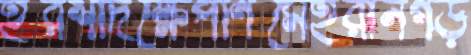
ইরশাদক্ষেপণিমেহরানগড়